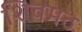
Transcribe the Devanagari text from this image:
शिवमठ